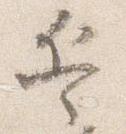
兵